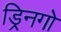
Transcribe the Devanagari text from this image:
ड्रिनगो